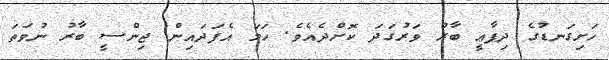
ހަށިގަނޑުގެ ދިފާޢީ ބާރު ވަރުގަދަ ކޮށްދެއެވެ. ހަމަ އެފަދައިން ޖިންސީ ބާރު ނުވަތަ